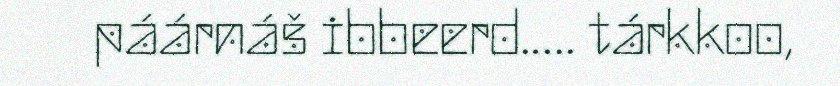
páárnáš ibbeerd.…. tárkkoo,